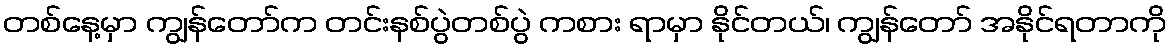
တစ်နေ့မှာ ကျွန်တော်က တင်းနစ်ပွဲတစ်ပွဲ ကစား ရာမှာ နိုင်တယ်၊ ကျွန်တော် အနိုင်ရတာကို